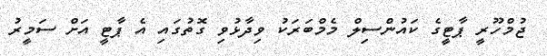
ޖުމްހޫރީ ޕާޓީގެ ކައުންސިލް މެމްބަރަކު ވިދާޅުވި ގޮތުގައި އެ ޕާޓީ އަށް ސަމީރު